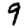
Digit: 9